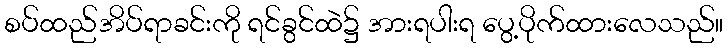
စပ်ထည်အိပ်ရာခင်းကို ရင်ခွင်ထဲ၌ အားရပါးရ ပွေ့ပိုက်ထားလေသည်။